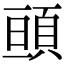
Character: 𩒢